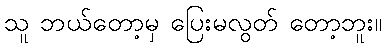
သူ ဘယ်တော့မှ ပြေးမလွတ် တော့ဘူး။